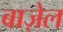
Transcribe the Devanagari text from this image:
बाज़ेल